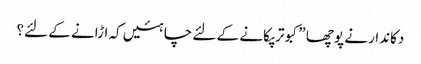
دکاندار نے پوچھا ”کبوتر پکانے کے لئے چاہئیں کہ اڑانے کے لئے؟